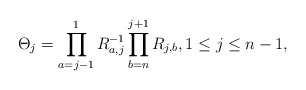
\begin{gather*}\Theta_{j}=\prod_{a=j-1}^{1}R_{a,j}^{-1}\prod_{b=n}^{j+1}R_{j,b}, 1 \le j \le n-1,\end{gather*}